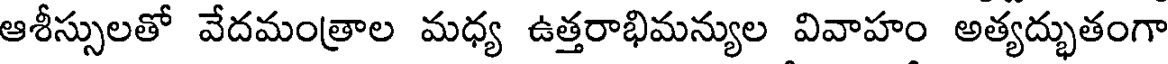
ఆశీస్సులతో వేదమంత్రాల మధ్య ఉత్తరాభిమన్యుల వివాహం అత్యద్భుతంగా